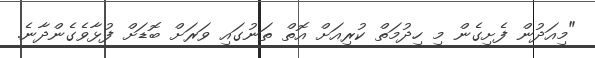
"މިއަދުން ފެށިގެން މި ހިދުމަތް ކުރިއަށް އޮތް ތަނުގައި ވަރަށް ބޮޑަށް ފުޅާވެގެންދާނެ.